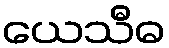
ယေသီဓ